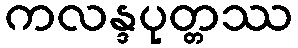
ကလန္ဒပုတ္တဿ